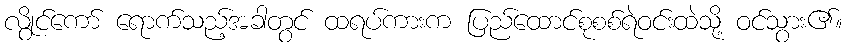
လွိုင်ကော် ရောက်သည့်အခါတွင် ထရပ်ကားက ပြည်ထောင်စုစစ်ရဲဝင်းထဲသို့ ဝင်သွား၏။